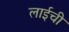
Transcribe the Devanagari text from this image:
लाईची